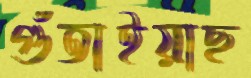
গুঁতাইয়াছ